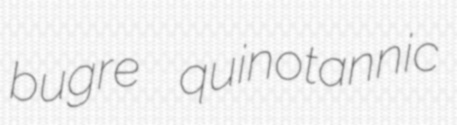
bugre quinotannic